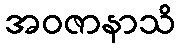
အဝဇာနာသိ